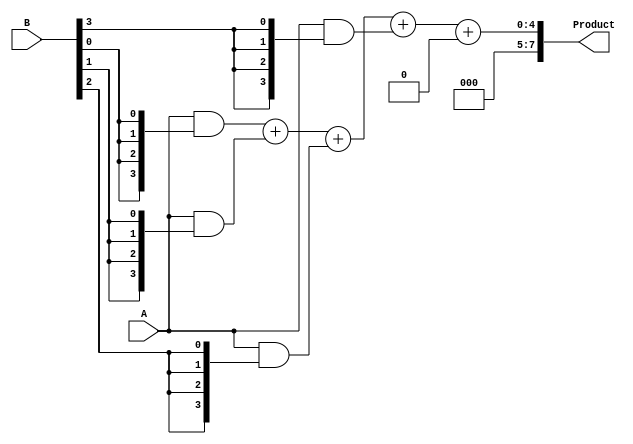
module wallace_tree_multiplier #(parameter A_WIDTH = 4, parameter B_WIDTH = 4)(
    input [A_WIDTH-1:0] A, // First multiplicand
    input [B_WIDTH-1:0] B, // Second multiplicand
    output reg [A_WIDTH+B_WIDTH-1:0] Product // Resultant product
);

    // Generate partial products
    wire [A_WIDTH-1:0] pp[B_WIDTH-1:0]; // Partial products

    genvar i;
    generate
        for (i = 0; i < B_WIDTH; i = i + 1) begin : pp_gen
            assign pp[i] = A & {A_WIDTH{B[i]}}; // AND operation
        end
    endgenerate

    // Carry-Save Adder (CSA) structure
    wire [A_WIDTH+B_WIDTH-1:0] sum[0:B_WIDTH-1];
    wire [A_WIDTH+B_WIDTH-1:0] carry[0:B_WIDTH-1];

    // Initial stage of CSA
    assign sum[0] = pp[0];
    assign carry[0] = {A_WIDTH{1'b0}}; // Initial carry is zero

    genvar j;
    generate
        for (j = 1; j < B_WIDTH; j = j + 1) begin : csa_stage
            wire [A_WIDTH-1:0] temp_sum = sum[j-1] + pp[j];
            assign sum[j] = temp_sum;
            assign carry[j] = carry[j-1] + (temp_sum >> A_WIDTH);
        end
    endgenerate

    // Final addition
    wire [A_WIDTH+B_WIDTH-1:0] final_sum;
    wire [A_WIDTH+B_WIDTH-1:0] final_carry;

    assign final_sum = sum[B_WIDTH-1] + carry[B_WIDTH-1];

    always @(*) begin
        Product = final_sum; // Assign the final product
    end

endmodule